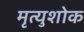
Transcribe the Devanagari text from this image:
मृत्युशोक